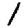
Digit: 1